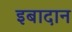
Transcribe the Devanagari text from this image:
इबादान